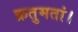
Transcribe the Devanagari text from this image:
क्रतुमतां।